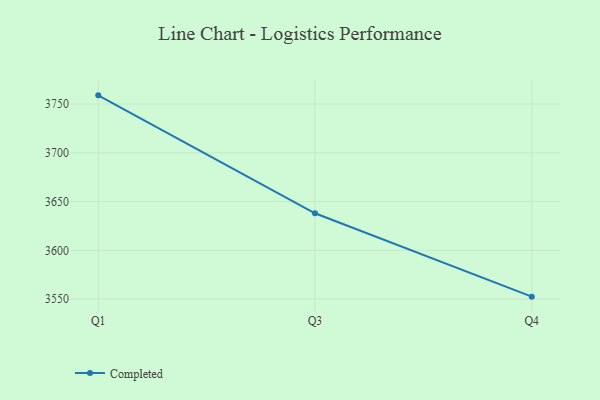
{"axis": {"x": "Quarter", "y": "Demand Index"}, "legend": ["Completed"], "data": [{"x": "Q1", "y": 3758.9, "type": "Completed"}, {"x": "Q3", "y": 3638.0, "type": "Completed"}, {"x": "Q4", "y": 3552.5, "type": "Completed"}]}